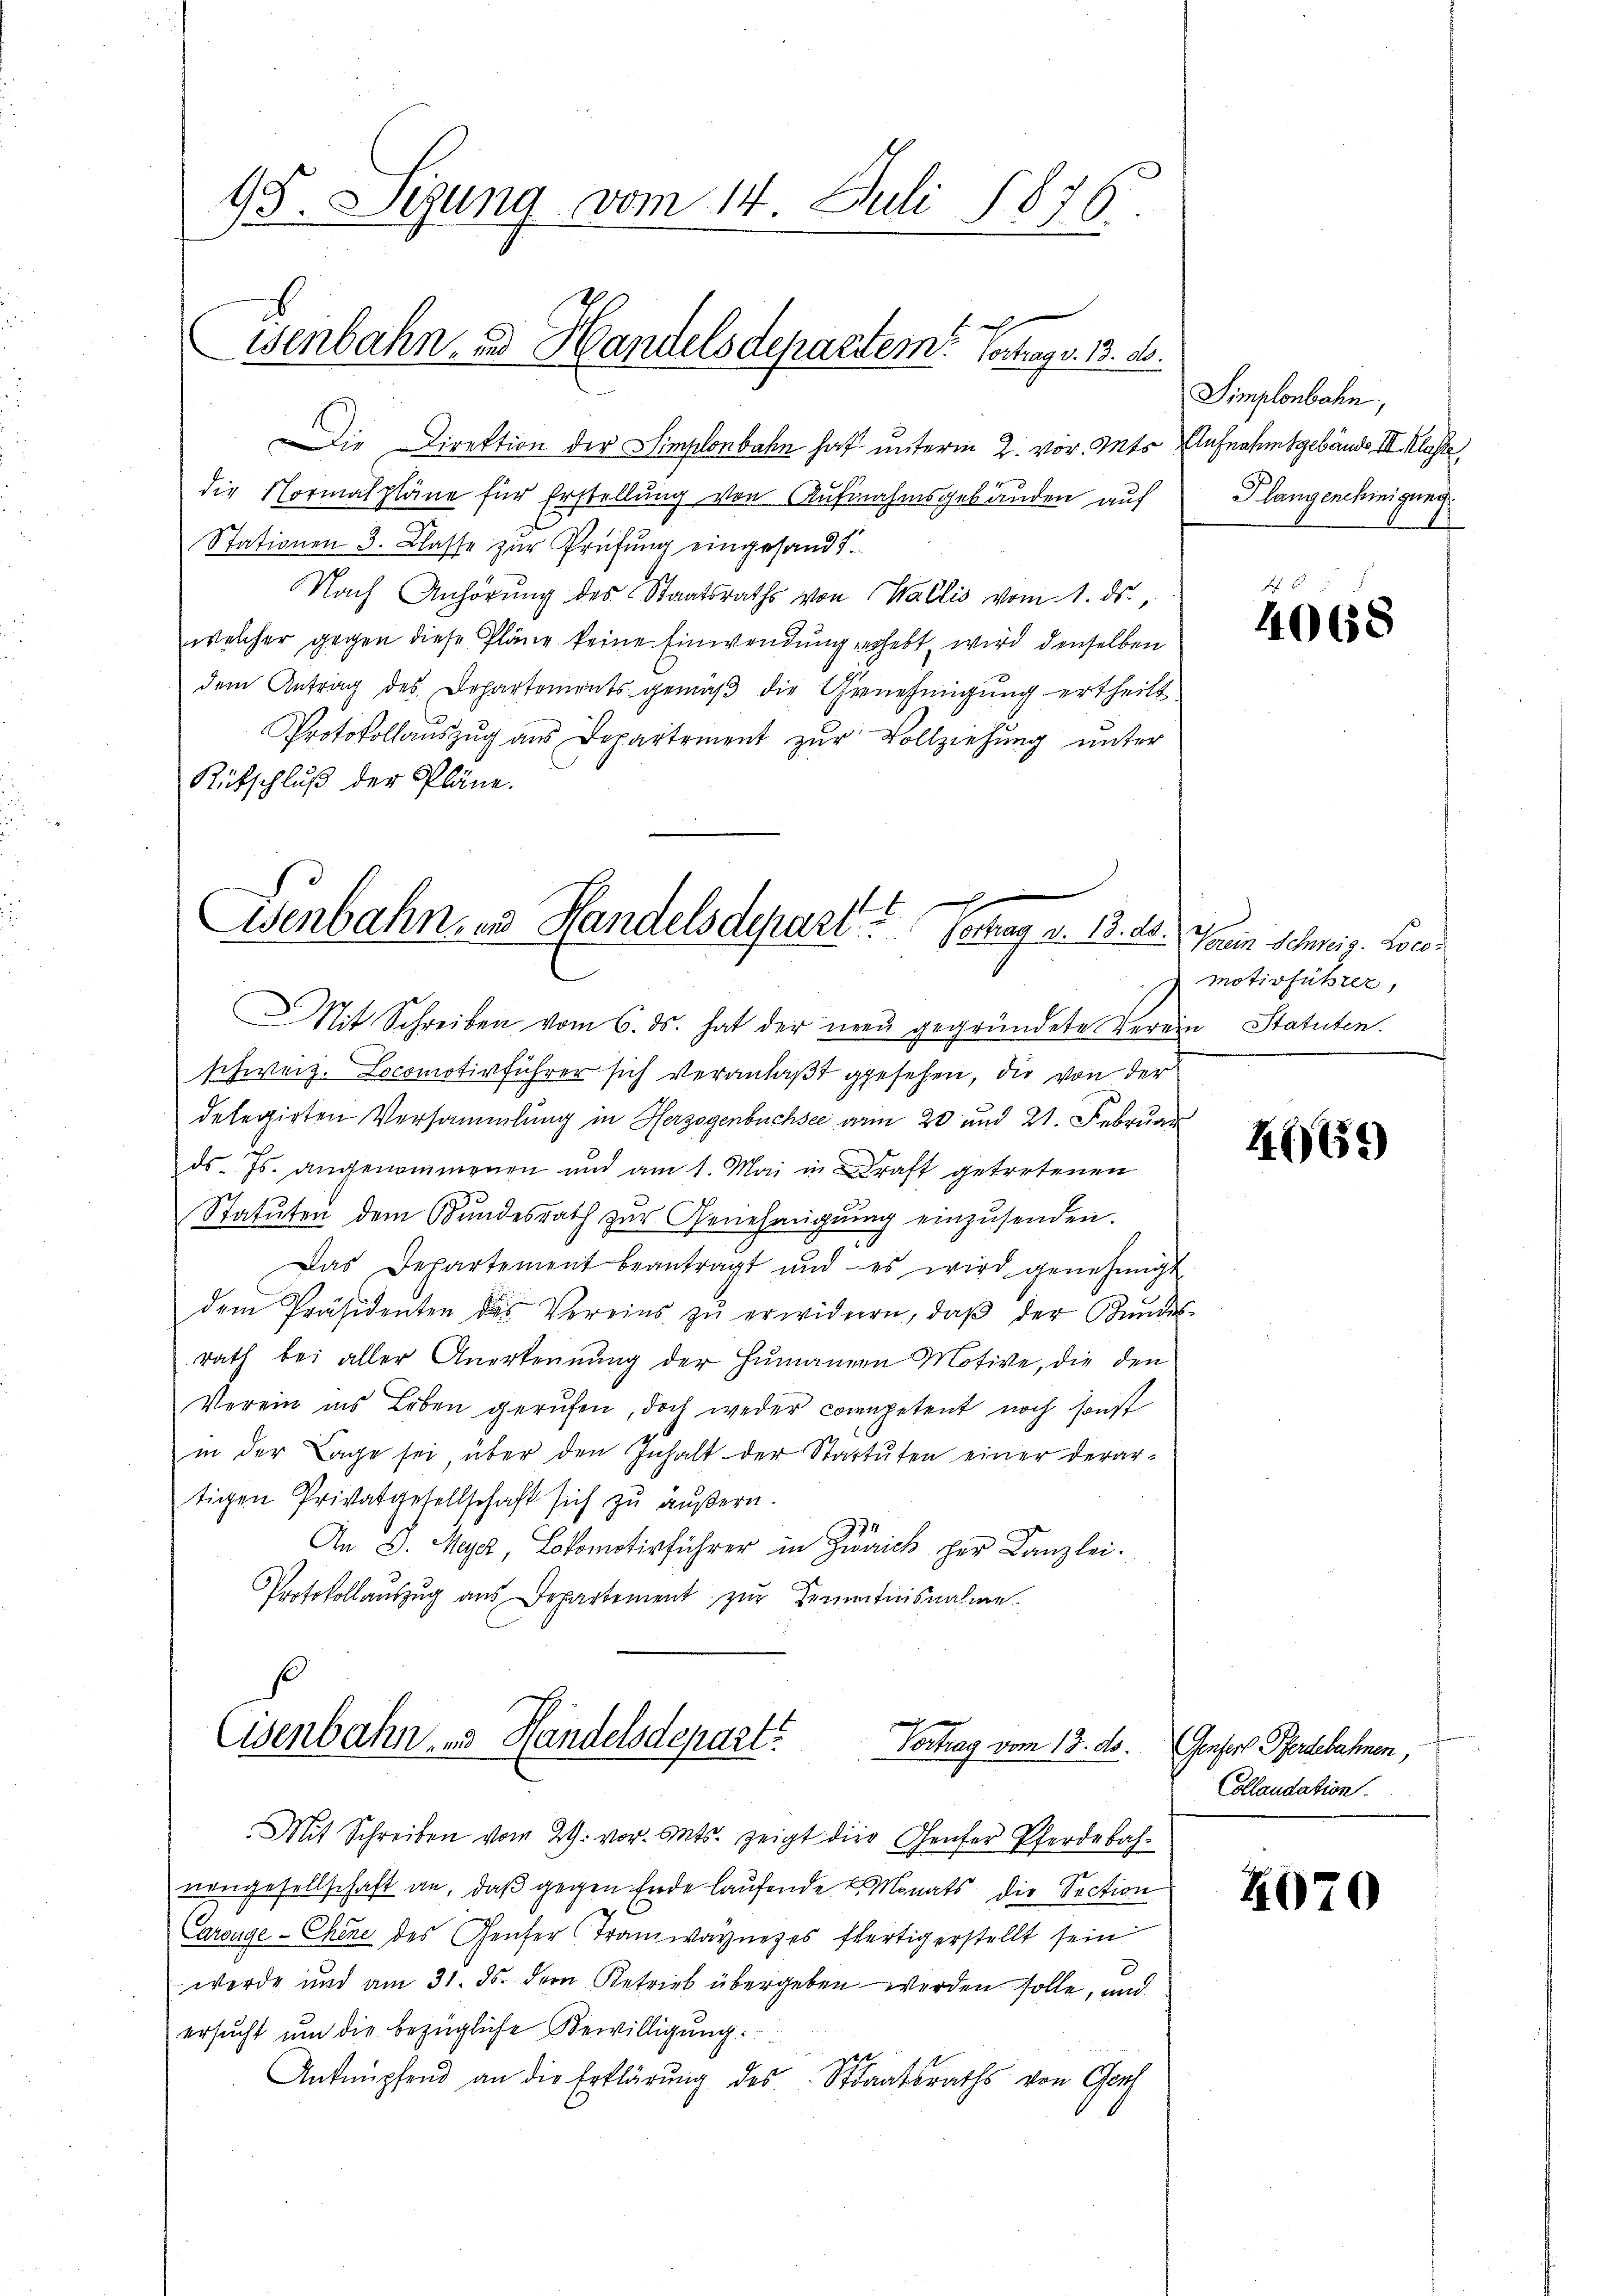
45. Sezung vom 14. Juli 1876
Wenbahn- und Handelsdepartem Vertrags. 13. d.

Eisenbahn, und Handelsdepari. - Vortrag v. 13. ds

Die Direktion der Simplonbahn hat unterm 2. vor. Mts. Aufnahmsgebäude III. Klasse
die Normalpläne für Erstellung von Aufnahmsgebäuden auf
Stationen 3. Klasse zur Prüfung eingesandt.
Nach Anhörung des Staatsraths von Wallis vom 1. ds.,
welcher gegen diese Pläne keine Einwendung erhebt, wird denselben
dem Antrag des Departements gemäß die Genehmigung ertheilt
Protokollaŭszŭg aŭs Departement zŭr Vollziehŭng ŭnter
Rütschluß der Pläne.

Cisenbahn, und Handelsdepart. Vortrag vom 13. ds. Genfert Pferdebahnen,

Mit Schreiben vom 6. ds. hat der neu gegründete Verein Statuten.
schweiz. Locomotivführer sich veranlaßt gesehen, die von der
delegirten Versammlung in Herzogenbüchsee an 20 und 21. Februar
ds. Js. angenommenen und am 1. Mai in Kraft getretenen
Statuten dem Bŭndesrath zŭr Genehmigŭng einzŭsenden.
Das Departement beantragt und es wird genehmigt
dem Präsidenten des Vereins zŭ erwidern, daβ der Bundes-
rath bei aller Anerkennung der Humangen Motive, die den
Verein ins Leben gerufen, doch weder competent noch sonst
in der Tage sei, über den Inhalt der Startŭten einer derar-
tigen Privatgesellschaft sich zu äußern.
An D. Maja, Lokomotivführer in Zürich per Kanzlei.
Protokollauszug aus Departement zŭr Zementnisnahme.

Mit Schreiben vom 29. vor. Mts. zeigt die Genfer Pferdebah¬

nengesellschaft an, daß gegen Ende laufende Monats die Section
Arouge-Chene des Genfer Tramwaynezes fertig erstellt sein
werde und am 31. ds. der Betrieb übergeben werden solle, und
ersŭcht um die bezügliche Bewilligŭng.
Anknüpfend an die Erklärŭng des Staatsraths von Ger

Simplonbahn,
Klangenehmigung.

Fe
4068

Kein Schweiz. Locamotivführer,

4669)

Collaudation.

4070